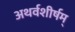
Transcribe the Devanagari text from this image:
अथर्वशीर्षम्